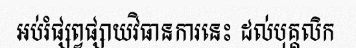
អប់រំផ្សព្វផ្សាយវិធានការនេះ ដល់បុគ្គលិក